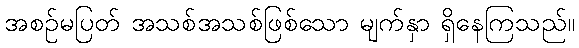
အစဉ်မပြတ် အသစ်အသစ်ဖြစ်သော မျက်နှာ ရှိနေကြသည်။